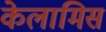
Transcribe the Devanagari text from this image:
केलामिस